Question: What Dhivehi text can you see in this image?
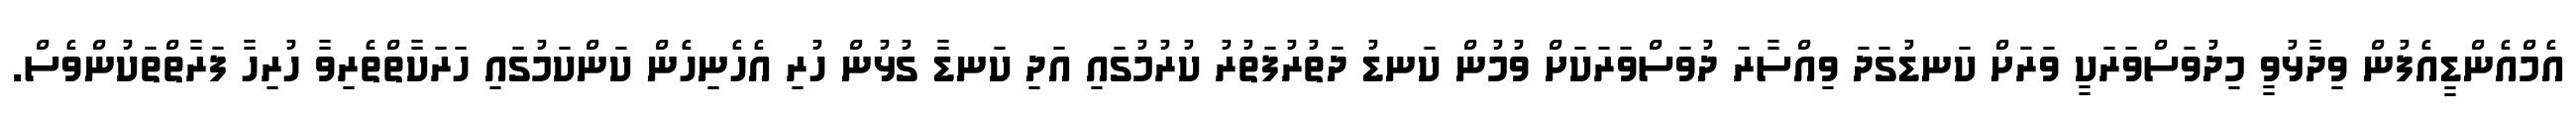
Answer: އެމްއެންޑީއެފުން ވިދާޅުވީ މިދުވަސްވަރަކީ ވަރަށް ކަނޑުގަދަ ވިއްސާރަ ދުވަސްވަރަކަށް ވުމުން ކަނޑު ދަތުރުފަތުރު ކުރުމުގައި އަދި ކަނޑާ ގުޅުން ހުރި އެހެނިހެން ކަންކަމުގައި ހަރަކާތްތެރިވާ ހުރިހާ ފަރާތްތަކުންވެސް.